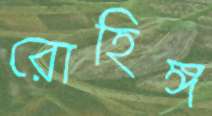
রোহিঙ্গ